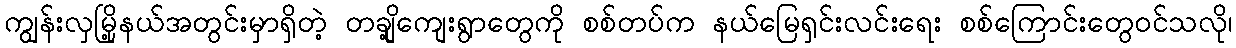
ကျွန်းလှမြို့နယ်အတွင်းမှာရှိတဲ့ တချို့ကျေးရွာတွေကို စစ်တပ်က နယ်မြေရှင်းလင်းရေး စစ်ကြောင်းတွေဝင်သလို၊